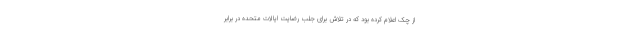
از چک اعلام کرده بود که در تلاش برای جلب رضایت ایالات متحده در برابر